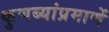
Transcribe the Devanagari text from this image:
कुणब्यांप्रमाणें